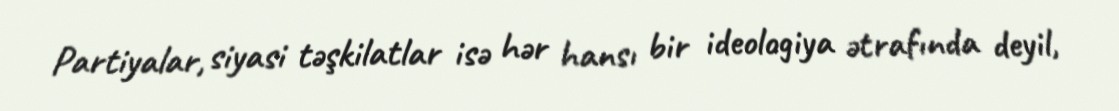
Partiyalar, siyasi təşkilatlar isə hər hansı bir ideologiya ətrafında deyil,